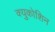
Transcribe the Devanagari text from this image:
क्युकोशिन